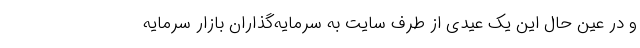
و در عین حال این یک عیدی از طرف سایت به سرمایه‌گذاران بازار سرمایه